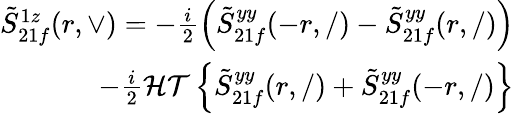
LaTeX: \begin{array}{r}{\tilde{S}_{21f}^{1z}(r,\vee)=-\frac{i}{2}\left(\tilde{S}_{21f}^{yy}(-r,/)-\tilde{S}_{21f}^{yy}(r,/)\right)}\\ {-\frac{i}{2}\mathcal{HT}\left\{ \tilde{S}_{21f}^{yy}(r,/)+\tilde{S}_{21f}^{yy}(-r,/)\right\} }\end{array}